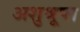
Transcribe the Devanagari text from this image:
अशुश्रूषा